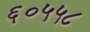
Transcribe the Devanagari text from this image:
६०५५८